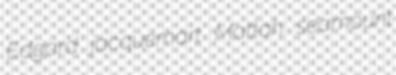
Edgard jacquemart Mattah seamount